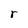
Character: r